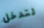
لتدخل